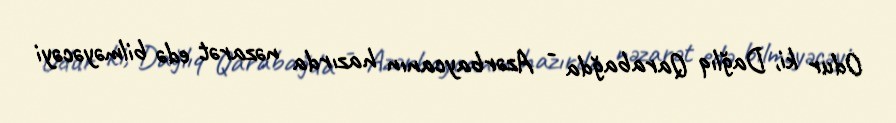
Odur ki, Dağlıq Qarabağda - Azərbaycanın hazırda nəzarət edə bilməyəcəyi